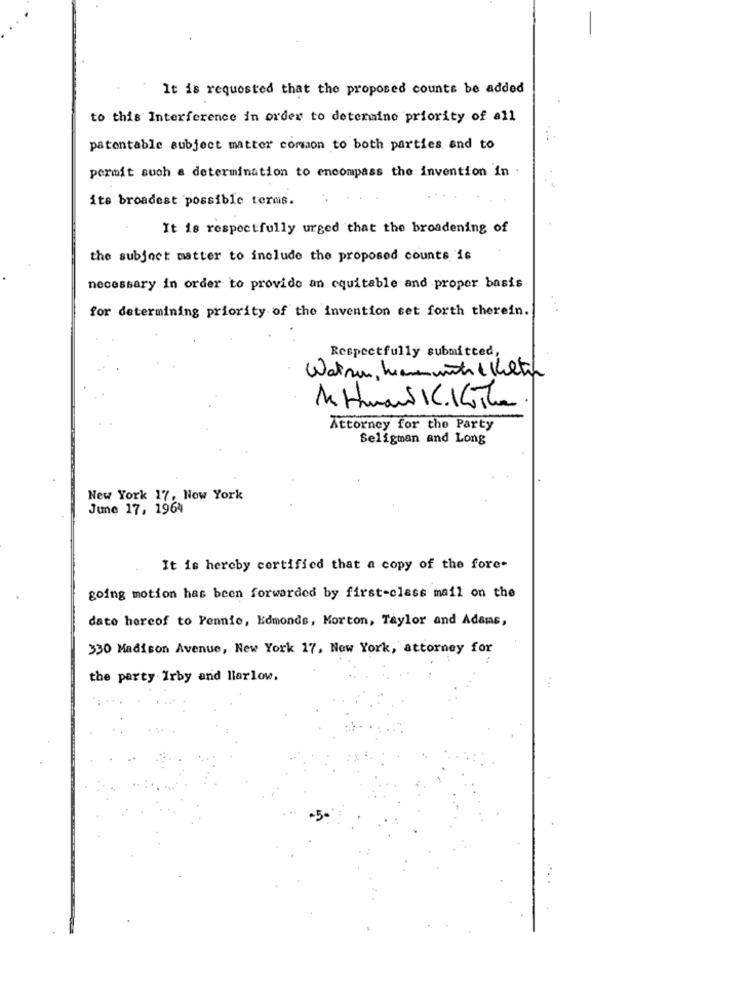
It is requested that the proposed counts be added
to this Interference in order to determine priority of all
patentable subject matter common to both parties and to
permit such a determination to encompass the invention in .
its broadest possible terms.
It is respectfully urged that the broadening of
the subject matter to include the proposed counts is
necessary in order to provide an equitable and proper basis
for determining priority of the invention set forth therein.
Respectfully submitted,
Watson, hemmentre Kiltin
Attorney for the Party
Seligman and Long
New York 17, Now York
June 17, 1964
It is hereby certified that a copy of the fore-
going motion has been forwarded by first-class mail on the
date hercof to Pennie, Edmonds, Morton, Taylor and Adams,
330 Madison Avenue, New York 17, New York, attorney for
the party Irby and llarlow.